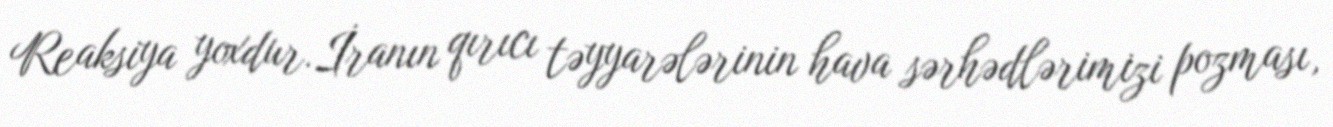
Reaksiya yoxdur.İranın qırıcı təyyarələrinin hava sərhədlərimizi pozması,